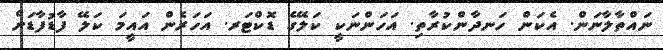
ނައްތާލާނަން. އެކަން ހަނދާންކުރާތި. އަހަންނަކީ ކަލޭގެ ޑޮކްޓަރ. އަހަރެން އައީމަ ކަލޭ ފާޑުފާޑަށް